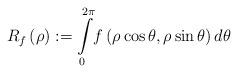
LaTeX: \begin{align*}R_{f}\left( \rho\right) :={\displaystyle\int\limits_{0}^{2\pi}}f\left( \rho\cos\theta,\rho\sin\theta\right) d\theta\end{align*}